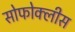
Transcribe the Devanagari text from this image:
सोफोक्लीस